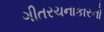
ગીતરચનાકારનો